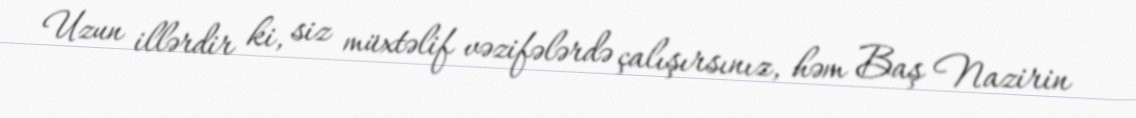
Uzun illərdir ki, siz müxtəlif vəzifələrdə çalışırsınız, həm Baş Nazirin